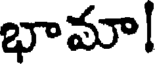
భామా!